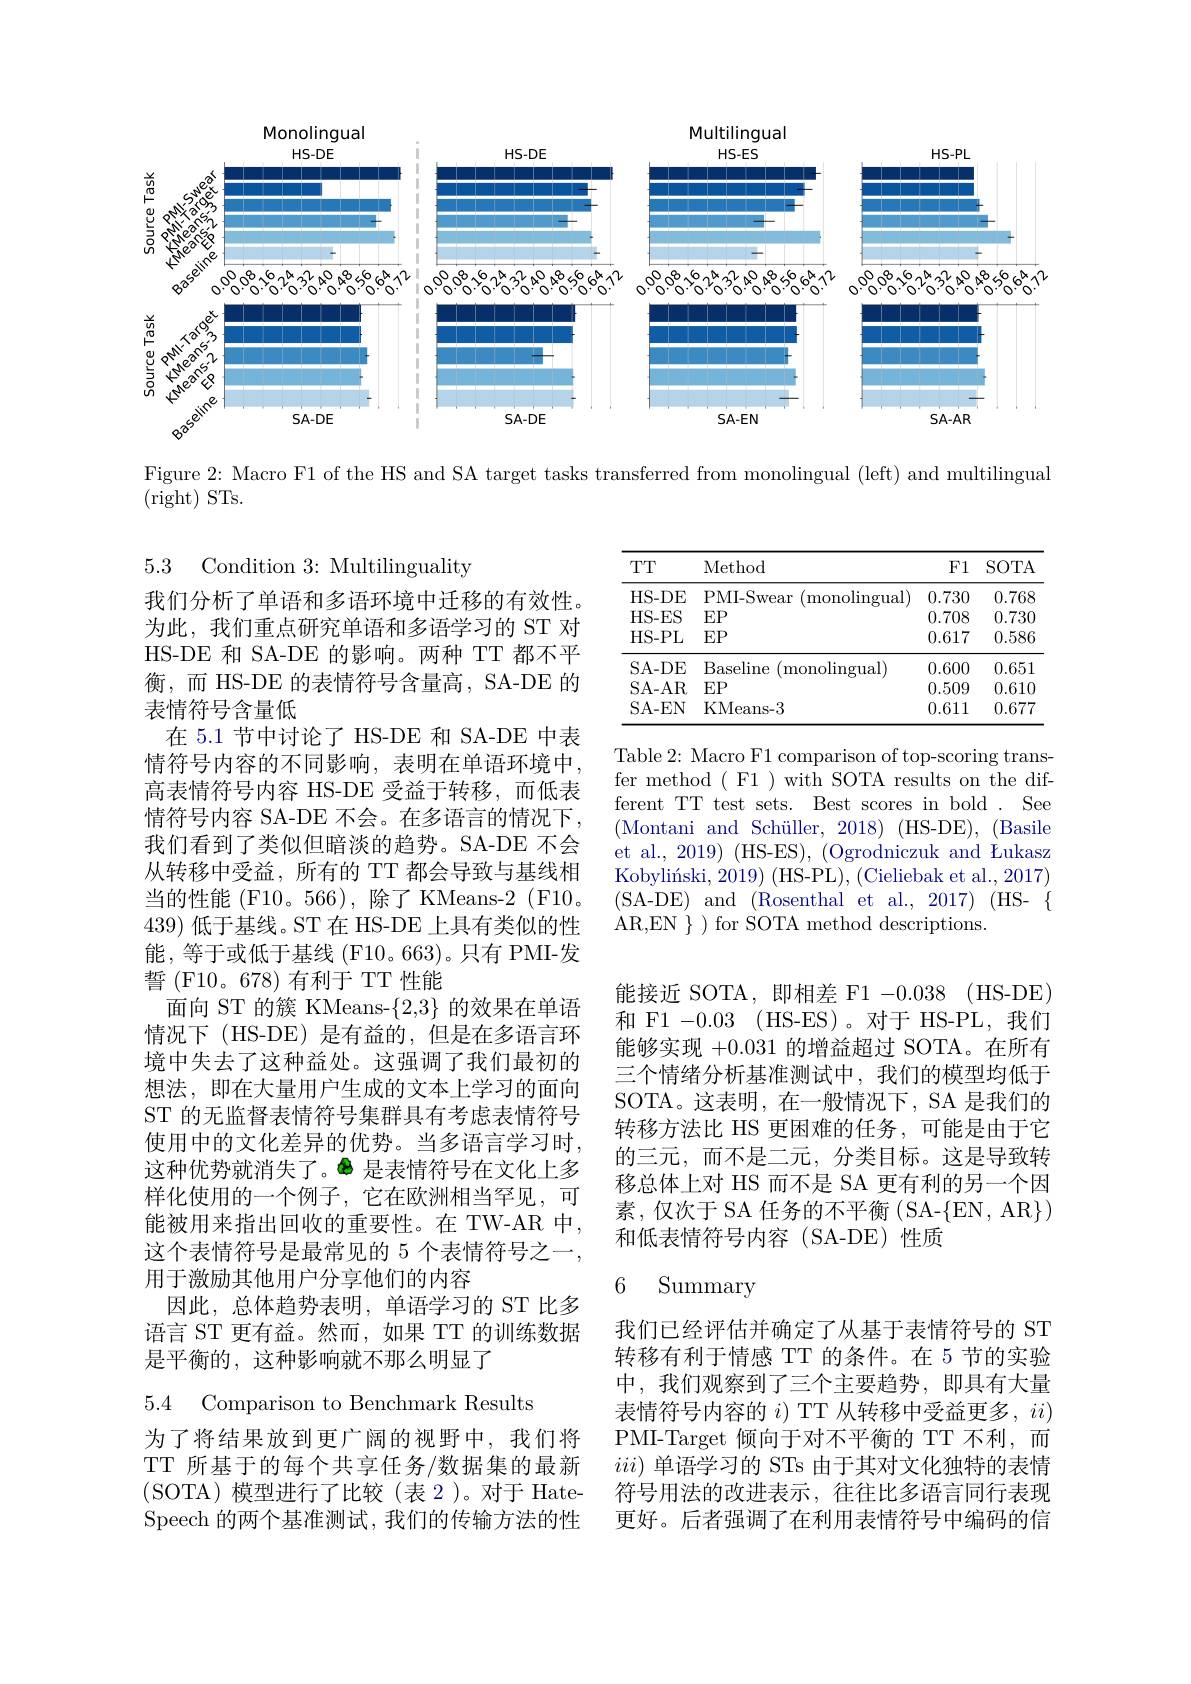
<FigureHere>

Figure 2: Macro F1 of the HS and SA target tasks transferred from monolingual (left) and multilingual

$(\bar{\mathrm{right}})$ STs.

## 5.3 Condition 3: Multilinguality

<table>
	<tbody>
		<tr>
			<th>TTT</th>
			<th>Method</th>
			<th>F1</th>
			<th>$SOTA$</th>
		</tr>
		<tr>
			<td>HS- DE</td>
			<td>PMI- Swear ${\mathrm{monolingual}})$</td>
			<td>0.730</td>
			<td>0.768</td>
		</tr>
		<tr>
			<td>HS- ES</td>
			<td>$EP$</td>
			<td>0.708</td>
			<td>0.730</td>
		</tr>
		<tr>
			<td>HS- PL</td>
			<td>$EP$</td>
			<td>0.617</td>
			<td>0.586</td>
		</tr>
		<tr>
			<td>SA- DE</td>
			<td>Baseline $({\mathrm{monolingual}})$</td>
			<td>0.600</td>
			<td>0.651</td>
		</tr>
		<tr>
			<td>SA- AR</td>
			<td>$EP$</td>
			<td>0.509</td>
			<td>0.610</td>
		</tr>
		<tr>
			<td>SA- EN</td>
			<td>KMeans- 3</td>
			<td>0.611</td>
			<td>0.677</td>
		</tr>
	</tbody>
</table>

Table 2: Macro F1 comparison of top-scoring transfer method ( F1 ) with SOTA results on the different TT test sets. Best scores in bold . See (Montani and Schüller, 2018) (HS-DE), (Basile et al., 2019) (HS-ES), (Ogrodniczuk and Łukasz Kobyliníski, 2019) (HS-PL), (Cieliebak et al., 2017) (SA-DE)and$\allowbreak ( {\mathrm{mod}} $Rosenthal et al. , 2017) )(HS-$\{$ AR, EN $\} ) $for $\dot{\mathrm{SOTA~method~descriptions. }}$

我们分析了单语和多语环境中迁移的有效性。为此，我们重点研究单语和多语学习的 ST 对HS-DE 和 SA-DE 的影响。两种 TT 都不平衡，而 HS-DE 的表情符号含量高，SA-DE 的表情符号含量低
在 5.1 节中讨论了 HS-DE 和 SA-DE 中表情符号内容的不同影响，表明在单语环境中， 高表情符号内容 HS-DE 受益于转移，而低表情符号内容 SA-DE 不会。在多语言的情况下， 我们看到了类似但暗淡的趋势。SA-DE 不会从转移中受益，所有的 TT 都会导致与基线相当的性能 (F10。566), 除了 KMeans-2 (F10。439)低于基线。ST 在 HS-DE 上具有类似的性能，等于或低于基线 (F10。663)。只有 PMI-发誓(F10。678)有利于TT性能
面向 ST 的簇 KMeans-{2,3} 的效果在单语情况下(HS-DE)是有益的，但是在多语言环境中失去了这种益处。这强调了我们最初的想法，即在大量用户生成的文本上学习的面向ST 的无监督表情符号集群具有考虑表情符号使用中的文化差异的优势。当多语言学习时， 这种优势就消失了。$\Phi$是表情符号在文化上多样化使用的一个例子，它在欧洲相当罕见，可能被用来指出回收的重要性。在 TW-AR 中， 这个表情符号是最常见的 5 个表情符号之一， 用于激励其他用户分享他们的内容
因此，总体趋势表明，单语学习的 ST 比多语言 ST 更有益。然而，如果 TT 的训练数据是平衡的，这种影响就不那么明显了
5.4 Comparison to Benchmark Results

能接近 SOTA, 即相差 F1 -0.038 (HS-DE) 和 F1 -0.03 (HS-ES)。对于 HS-PL,我们能够实现+0.031的增益超过 SOTA。在所有三个情绪分析基准测试中，我们的模型均低于SOTA。这表明，在一般情况下，SA 是我们的转移方法比 HS 更困难的任务，可能是由于它的三元，而不是二元，分类目标。这是导致转移总体上对 HS 而不是 SA 更有利的另一个因素，仅次于 SA 任务的不平衡 ( SA-{EN}, AR}) 和低表情符号内容(SA-DE)性质

### 6 Summary

我们已经评估并确定了从基于表情符号的 ST 转移有利于情感 TT 的条件。在 5 节的实验中，我们观察到了三个主要趋势，即具有大量表情符号内容的$i)$ TT 从转移中受益更多，$ii)$ PMI-Target 倾向于对不平衡的 TT 不利，而$iii)$单语学习的 STs 由于其对文化独特的表情符号用法的改进表示，往往比多语言同行表现更好。后者强调了在利用表情符号中编码的信

为了将结果放到更广阔的视野中，我们将TT 所基于的每个共享任务/数据集的最新(SOTA)模型进行了比较(表 2)。对于 HateSpeech 的两个基准测试，我们的传输方法的性